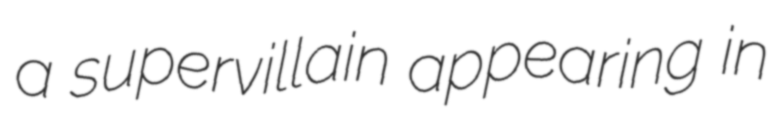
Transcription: a supervillain appearing in